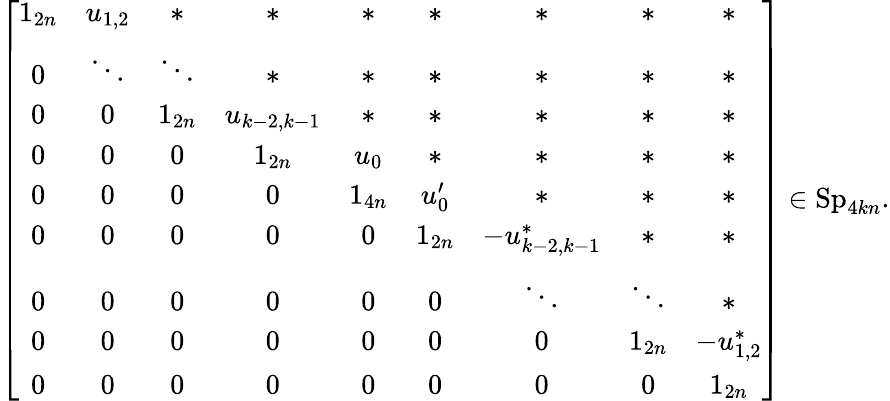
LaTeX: \left[\begin{array}{ccccccccc}{1_{2n}}&{u_{1,2}}&{\ast}&{\ast}&{\ast}&{\ast}&{\ast}&{\ast}&{\ast}\\ {0}&{\ddots}&{\ddots}&{\ast}&{\ast}&{\ast}&{\ast}&{\ast}&{\ast}\\ {0}&{0}&{1_{2n}}&{u_{k-2,k-1}}&{\ast}&{\ast}&{\ast}&{\ast}&{\ast}\\ {0}&{0}&{0}&{1_{2n}}&{u_{0}}&{\ast}&{\ast}&{\ast}&{\ast}\\ {0}&{0}&{0}&{0}&{1_{4n}}&{u_{0}^{\prime}}&{\ast}&{\ast}&{\ast}\\ {0}&{0}&{0}&{0}&{0}&{1_{2n}}&{-u_{k-2,k-1}^{\ast}}&{\ast}&{\ast}\\ {0}&{0}&{0}&{0}&{0}&{0}&{\ddots}&{\ddots}&{\ast}\\ {0}&{0}&{0}&{0}&{0}&{0}&{0}&{1_{2n}}&{-u_{1,2}^{\ast}}\\ {0}&{0}&{0}&{0}&{0}&{0}&{0}&{0}&{1_{2n}}\end{array}\right]\in\mathrm{Sp}_{4kn}.